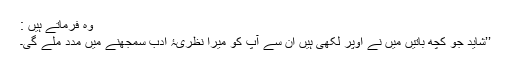
وہ فرماتے ہیں :
’’شاید جو کچھ باتیں میں نے اوپر لکھی ہیں ان سے آپ کو میرا نظریۂ ادب سمجھنے میں مدد ملے گی۔